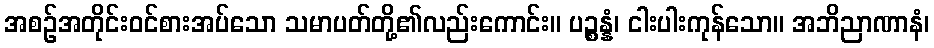
အစဉ်အတိုင်းဝင်စားအပ်သော သမာပတ်တို့၏လည်းကောင်း။ ပဉ္စန္နံ၊ ငါးပါးကုန်သော။ အဘိညာဏာနံ၊